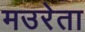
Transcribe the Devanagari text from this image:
मउरेता